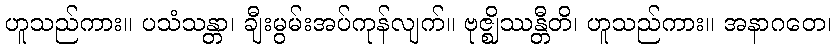
ဟူသည်ကား။ ပသံသန္တာ၊ ချီးမွမ်းအပ်ကုန်လျက်။ ဗုဇ္ဈိဿန္တီတိ၊ ဟူသည်ကား။ အနာဂတေ၊